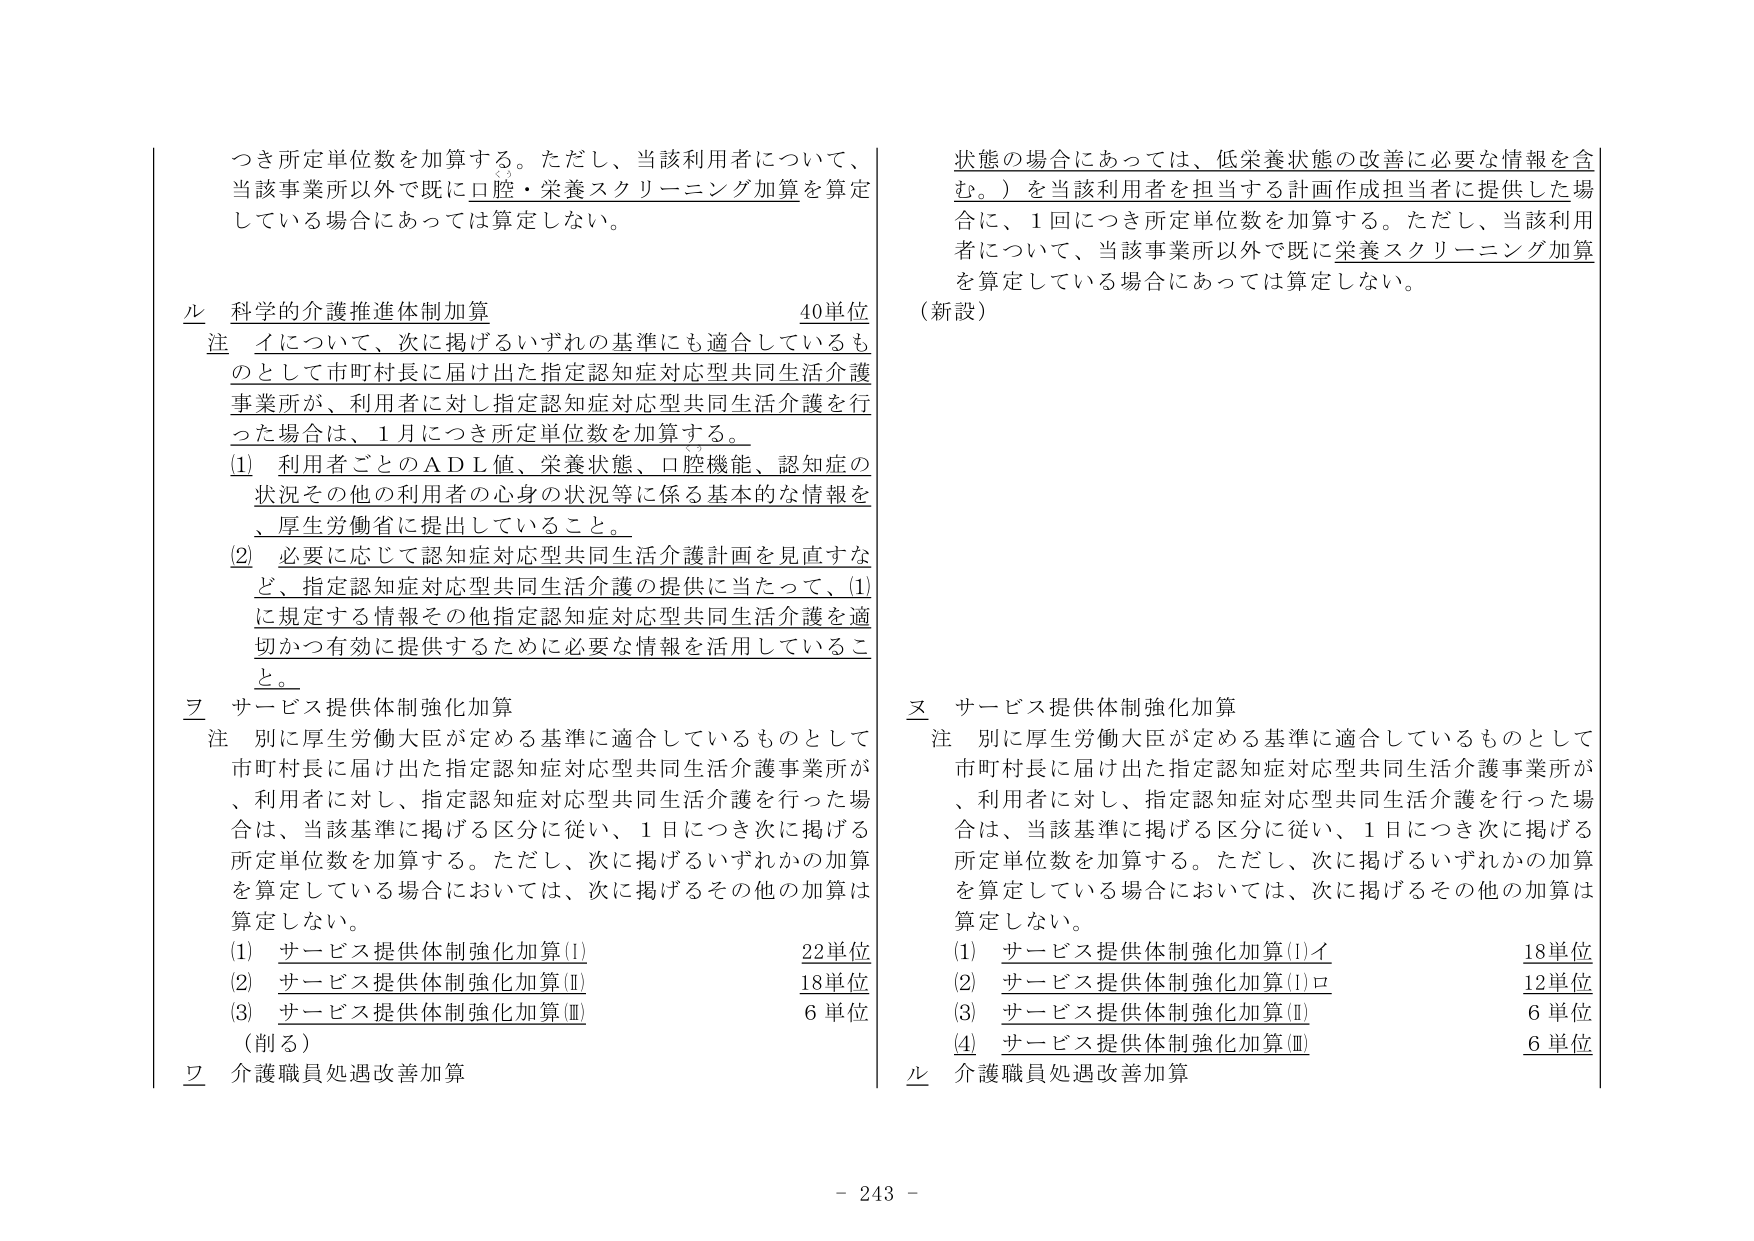
つき所定単位数を加算する。ただし、当該利用者について、当該事業所以外で既に口腔・栄養スクリーニング加算を算定している場合にあっては算定しない。

ル 科学的介護推進体制加算 40単位
注 イについて、次に掲げるいずれの基準にも適合しているものとして市町村長に届け出た指定認知症対応型共同生活介護事業所が、利用者に対し指定認知症対応型共同生活介護を行った場合は、1月につき所定単位数を加算する。
(1) 利用者ごとのADL値、栄養状態、口腔機能、認知症の状況その他の利用者の心身の状況等に係る基本的な情報を、厚生労働省に提出していること。
(2) 必要に応じて認知症対応型共同生活介護計画を見直すなど、指定認知症対応型共同生活介護の提供に当たって、(1)に規定する情報その他指定認知症対応型共同生活介護を適切かつ有効に提供するために必要な情報を活用していること。

ヲ サービス提供体制強化加算
注 別に厚生労働大臣が定める基準に適合しているものとして市町村長に届け出た指定認知症対応型共同生活介護事業所が、利用者に対し、指定認知症対応型共同生活介護を行った場合は、当該基準に掲げる区分に従い、1日につき次に掲げる所定単位数を加算する。ただし、次に掲げるいずれかの加算を算定している場合においては、次に掲げるその他の加算は算定しない。
(1) サービス提供体制強化加算(Ⅰ) 22単位
(2) サービス提供体制強化加算(Ⅱ) 18単位
(3) サービス提供体制強化加算(Ⅲ) 6単位
（削る）

ワ 介護職員処遇改善加算

状態の場合にあっては、低栄養状態の改善に必要な情報を含む。）を当該利用者を担当する計画作成担当者に提供した場合に、1回につき所定単位数を加算する。ただし、当該利用者について、当該事業所以外で既に栄養スクリーニング加算を算定している場合にあっては算定しない。
（新設）

ヌ サービス提供体制強化加算
注 別に厚生労働大臣が定める基準に適合しているものとして市町村長に届け出た指定認知症対応型共同生活介護事業所が、利用者に対し、指定認知症対応型共同生活介護を行った場合は、当該基準に掲げる区分に従い、1日につき次に掲げる所定単位数を加算する。ただし、次に掲げるいずれかの加算を算定している場合においては、次に掲げるその他の加算は算定しない。
(1) サービス提供体制強化加算(Ⅰ)イ 18単位
(2) サービス提供体制強化加算(Ⅰ)ロ 12単位
(3) サービス提供体制強化加算(Ⅱ) 6単位
(4) サービス提供体制強化加算(Ⅲ) 6単位

ル 介護職員処遇改善加算

- 243 -